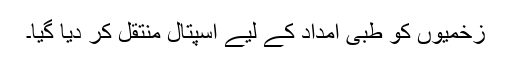
زخمیوں کو طبی امداد کے لیے اسپتال منتقل کر دیا گیا۔